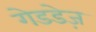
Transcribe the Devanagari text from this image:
गेडडेज़